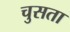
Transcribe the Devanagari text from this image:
चुसता